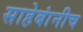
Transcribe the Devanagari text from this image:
साहेबांनीच